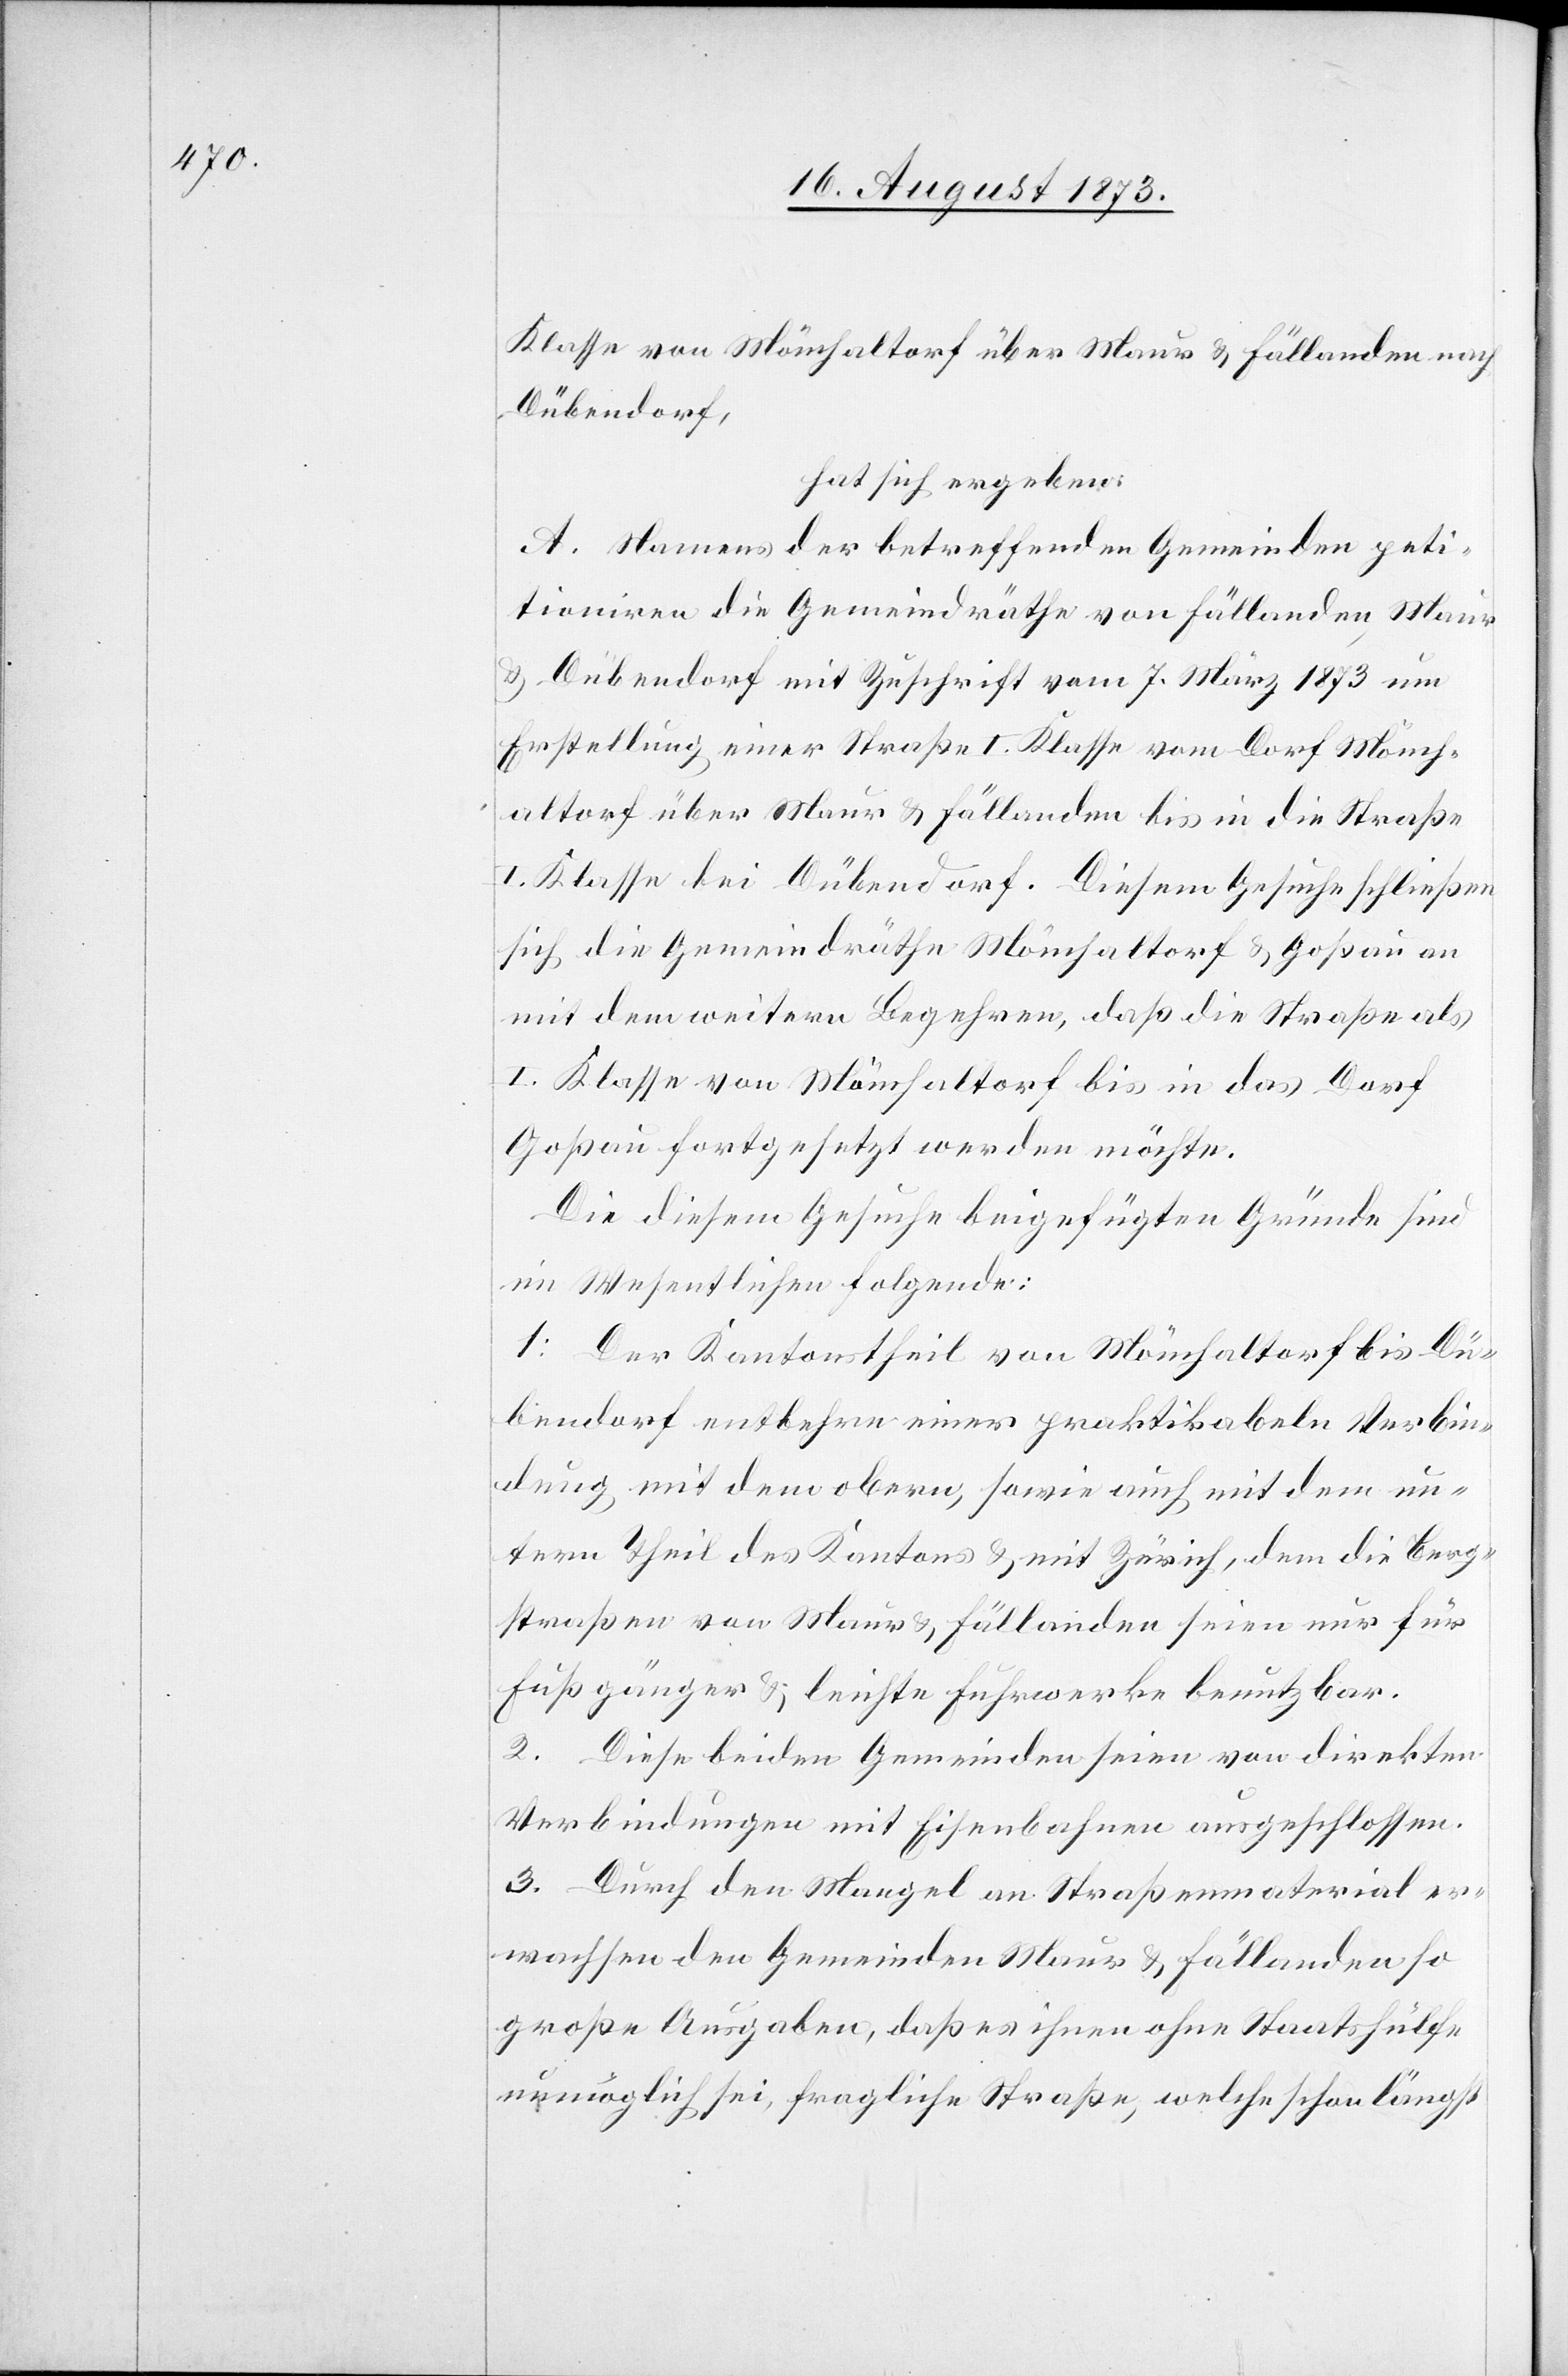
Klasse von Mönchaltorf über Maur & Fällanden nach
Dübendorf,
hat sich ergeben:
A. Namens der betreffenden Gemeinden peti¬
tioniren die Gemeindräthe von Fällanden, Maur
& Dübendorf mit Zuschrift vom 7. März 1873 um
Erstellung einer Straße I. Klasse vom Dorf Mönch¬
altorf über Maur & Fällanden bis in die Straße
I. Klasse bei Dübendorf. Diesem Gesuche schließen
sich die Gemeindräthe Mönchaltorf & Goßau an
mit dem weitern Begehren, daß die Straße als
I. Klasse von Mönchaltorf bis in das Dorf
Goßau fortgesetzt werden möchte.
Die diesem Gesuche beigefügten Gründe sind
im Wesentlichen folgende:
1. Der Kantonstheil von Mönchaltorf bis Dü¬
bendorf entbehre einer praktikabeln Verbin¬
dung mit dem obern, sowie auch mit dem un¬
tern Theil des Kantons & mit Zürich, dem [sic!] die Berg¬
straßen von Maur & Fällanden seien nur für
Fußgänger & leichte Fuhrwerke benutzbar.
2. Diese beiden Gemeinden seien von direkten
Verbindungen mit Eisenbahnen ausgeschlossen.
3. Durch den Mangel an Straßenmaterial er¬
wachsen den Gemeinden Maur & Fällanden so
große Ausgaben, daß es ihnen ohne Staatshülfe
unmöglich sei, fragliche Straße, welche schon längst